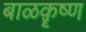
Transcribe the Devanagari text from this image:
बाळक़ॄष्‍ण